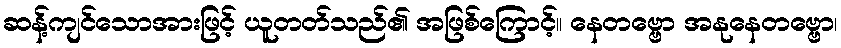
ဆန့်ကျင်သောအားဖြင့် ယူတတ်သည်၏ အဖြစ်ကြောင့်။ နေတဗ္ဗော အနုနေတဗ္ဗော၊